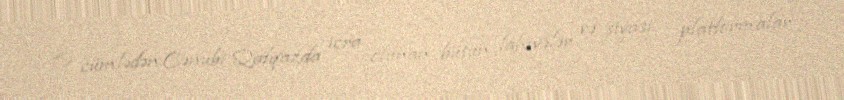
O cümlədən Cənubi Qafqazda icra olunan bütün lahiyələr və siyasi platformalar